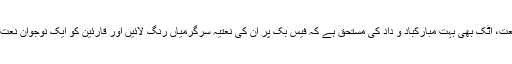
اس کے لیے اکادمی فروغ نعت، اٹک بھی بہت مبارکباد و داد کی مستحق ہے کہ فیس بک پر ان کی نعتیہ سرگرمیاں رنگ لائیں اور قارئین کو ایک نوجوان نعت گو شاعر کا دیوان پیش ہوا ۔